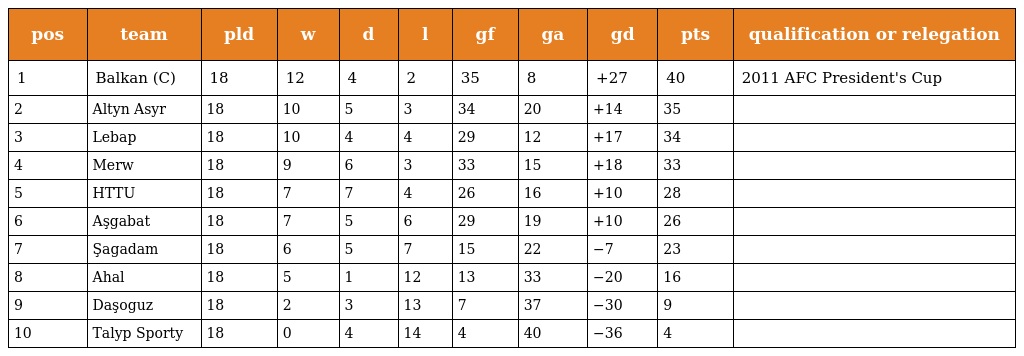
| pos | team | pld | w | d | l | gf | ga | gd | pts | qualification or relegation |
 | --- | --- | --- | --- | --- | --- | --- | --- | --- | --- | --- |
 | 1 | Balkan (C) | 18 | 12 | 4 | 2 | 35 | 8 | +27 | 40 | 2011 AFC President's Cup |
 | 2 | Altyn Asyr | 18 | 10 | 5 | 3 | 34 | 20 | +14 | 35 |  |
 | 3 | Lebap | 18 | 10 | 4 | 4 | 29 | 12 | +17 | 34 |  |
 | 4 | Merw | 18 | 9 | 6 | 3 | 33 | 15 | +18 | 33 |  |
 | 5 | HTTU | 18 | 7 | 7 | 4 | 26 | 16 | +10 | 28 |  |
 | 6 | Aşgabat | 18 | 7 | 5 | 6 | 29 | 19 | +10 | 26 |  |
 | 7 | Şagadam | 18 | 6 | 5 | 7 | 15 | 22 | −7 | 23 |  |
 | 8 | Ahal | 18 | 5 | 1 | 12 | 13 | 33 | −20 | 16 |  |
 | 9 | Daşoguz | 18 | 2 | 3 | 13 | 7 | 37 | −30 | 9 |  |
 | 10 | Talyp Sporty | 18 | 0 | 4 | 14 | 4 | 40 | −36 | 4 |  |